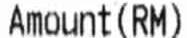
AMOUNT (RM)